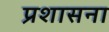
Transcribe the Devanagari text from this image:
प्रशासना